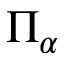
\Pi _ { \alpha }